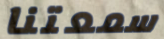
سمعتنا